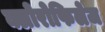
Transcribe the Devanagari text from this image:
क्लोरोफिलेज